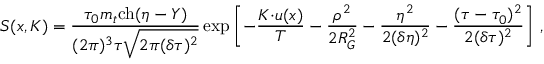
S ( x , K ) = \frac { \tau _ { 0 } m _ { t } \mathrm { c h } ( \eta - Y ) } { ( 2 \pi ) ^ { 3 } \tau \sqrt { 2 \pi ( \delta \tau ) ^ { 2 } } } \exp \left[ - \frac { K { \cdot } u ( x ) } { T } - \frac { \rho ^ { 2 } } { 2 R _ { G } ^ { 2 } } - \frac { \eta ^ { 2 } } { 2 ( \delta \eta ) ^ { 2 } } - \frac { ( \tau - \tau _ { 0 } ) ^ { 2 } } { 2 ( \delta \tau ) ^ { 2 } } \right] \, ,